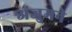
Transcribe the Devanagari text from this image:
अंजुमने